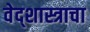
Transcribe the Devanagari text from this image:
वेद्शास्त्राचा